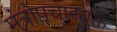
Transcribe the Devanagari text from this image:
मंत्रोपचारयुक्त